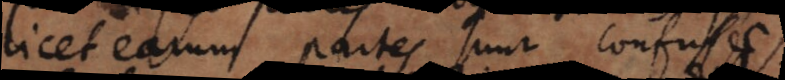
licet earum partes sint confusae,